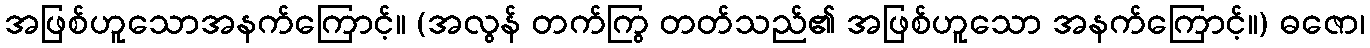
အဖြစ်ဟူသောအနက်ကြောင့်။ (အလွန် တက်ကြွ တတ်သည်၏ အဖြစ်ဟူသော အနက်ကြောင့်။) ဓဇော၊